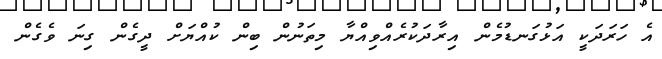
އެ ހަރަދަކީ އަޅުގަނޑުމެން އިރާދަކުރެއްވިއްޔާ މިތަނުން ބިން ކުއްޔަށް ދީގެން ގިނަ ވެގެން